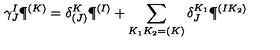
\gamma _ { J } ^ { I } \P ^ { ( K ) } = \delta _ { ( J ) } ^ { K } \P ^ { ( I ) } + \sum _ { K _ { 1 } K _ { 2 } = ( K ) } \delta _ { J } ^ { K _ { 1 } } \P ^ { ( I K _ { 2 } ) }